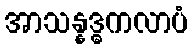
အာသန္နဒ္ဓကလာပံ